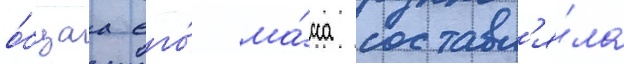
о́бщаа его́ ма́сса составл'я́ла